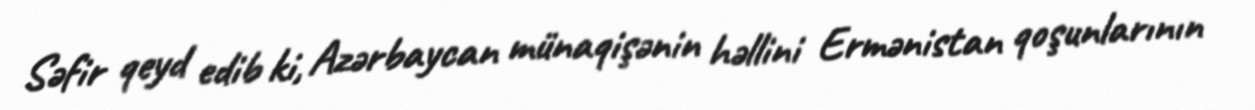
Səfir qeyd edib ki, Azərbaycan münaqişənin həllini Ermənistan qoşunlarının